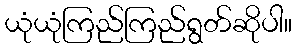
ယုံယုံကြည်ကြည်ရွတ်ဆိုပါ။